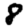
Digit: 8